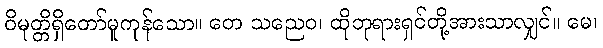
ဝိမုတ္တိရှိတော်မူကုန်သော။ တေ သညေဝ၊ ထိုဘုရားရှင်တို့အားသာလျှင်။ မေ၊